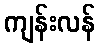
ကျန်းလန်